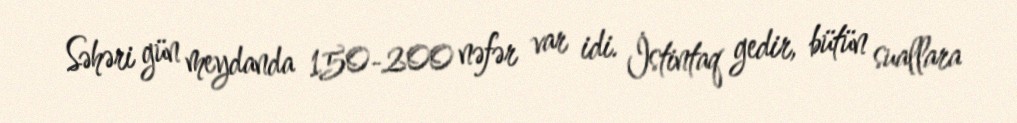
Səhəri gün meydanda 150-200 nəfər var idi. İstintaq gedir, bütün suallara